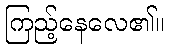
ကြည့်နေလေ၏။